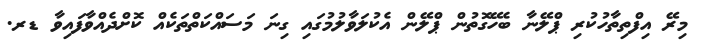
މިރޭ އިފްތިތާހުކުރި ޕްލޭނާ ބެހޭގޮތުން ޕްލޭން އެކުލަވާލުމުގައި ގިނަ މަސައްކަތްތަކެއް ކޮށްދެއްވާފައިވާ ޑރ.